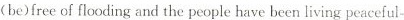
(be)free of flooding and the people have been living peaceful-